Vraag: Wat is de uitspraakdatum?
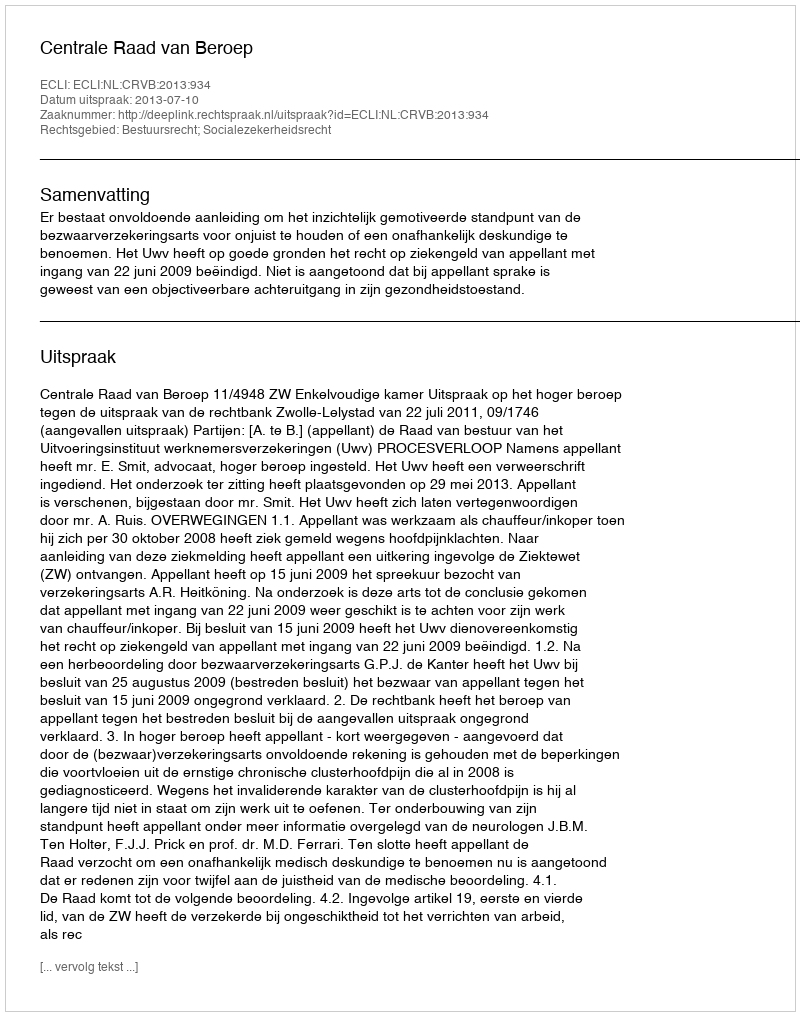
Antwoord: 2013-07-10